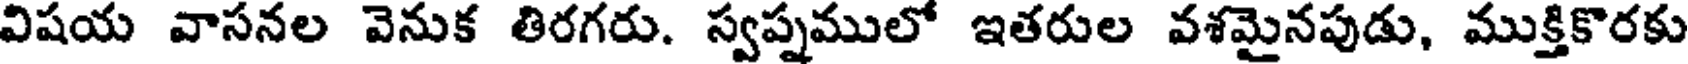
విషయ వాసనల వెనుక తిరగరు. స్వప్నములో ఇతరుల వశమైనపుడు, ముక్తికొరకు